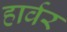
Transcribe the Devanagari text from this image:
हार्वर